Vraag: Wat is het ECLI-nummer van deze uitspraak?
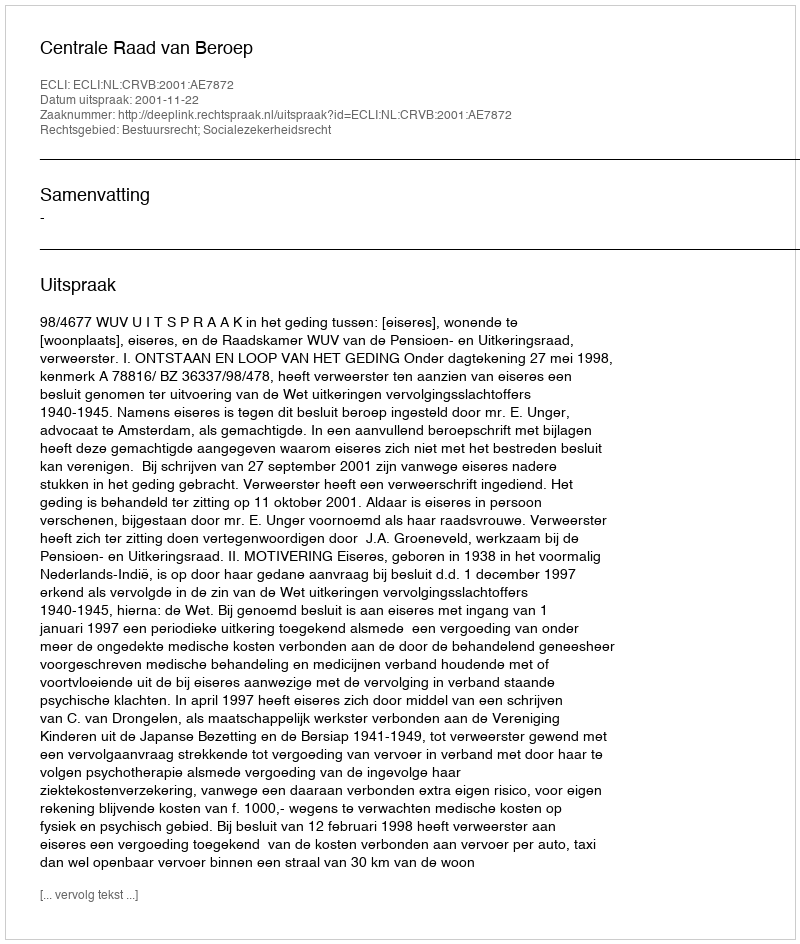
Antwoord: ECLI:NL:CRVB:2001:AE7872